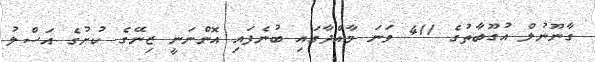
ގާނޫނުލް އުގޫބާތުގެ 411 ވަނަ މާއްދާގައި ބުނެފައި އޮންނަނީ ޒިނޭގެ ކުށުގެ އަސްލު